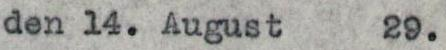
den 14. August 29.